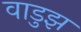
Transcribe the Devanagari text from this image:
वाडुझ